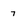
Character: 7